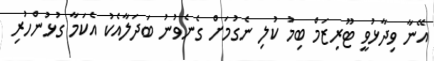
އޭނާ ވިދާޅުވީ ޓޫރިޒަމް ބިމު ކުލި ނެގުމަށް ގެނެވުނު ބަދަލާއެކު އެކަމާ ގުޅުންހުރި